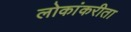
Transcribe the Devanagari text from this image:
लोकांकरीता